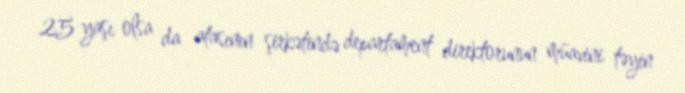
25 yaşı olsa da atasının şirkətində departament direktorunun müavini təyin